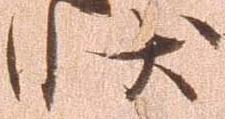
状